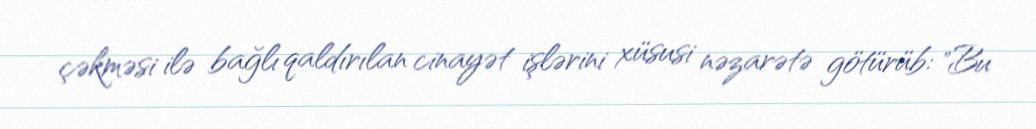
çəkməsi ilə bağlı qaldırılan cinayət işlərini xüsusi nəzarətə götürüb: "Bu